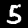
Label: 5